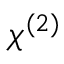
\chi ^ { ( 2 ) }